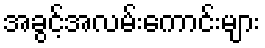
အခွင့်အလမ်းကောင်းများ